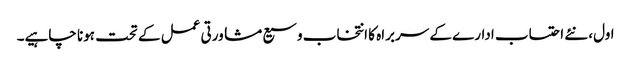
اول، نئے احتساب ادارے کے سربراہ کا انتخاب وسیع مشاورتی عمل کے تحت ہونا چاہیے۔